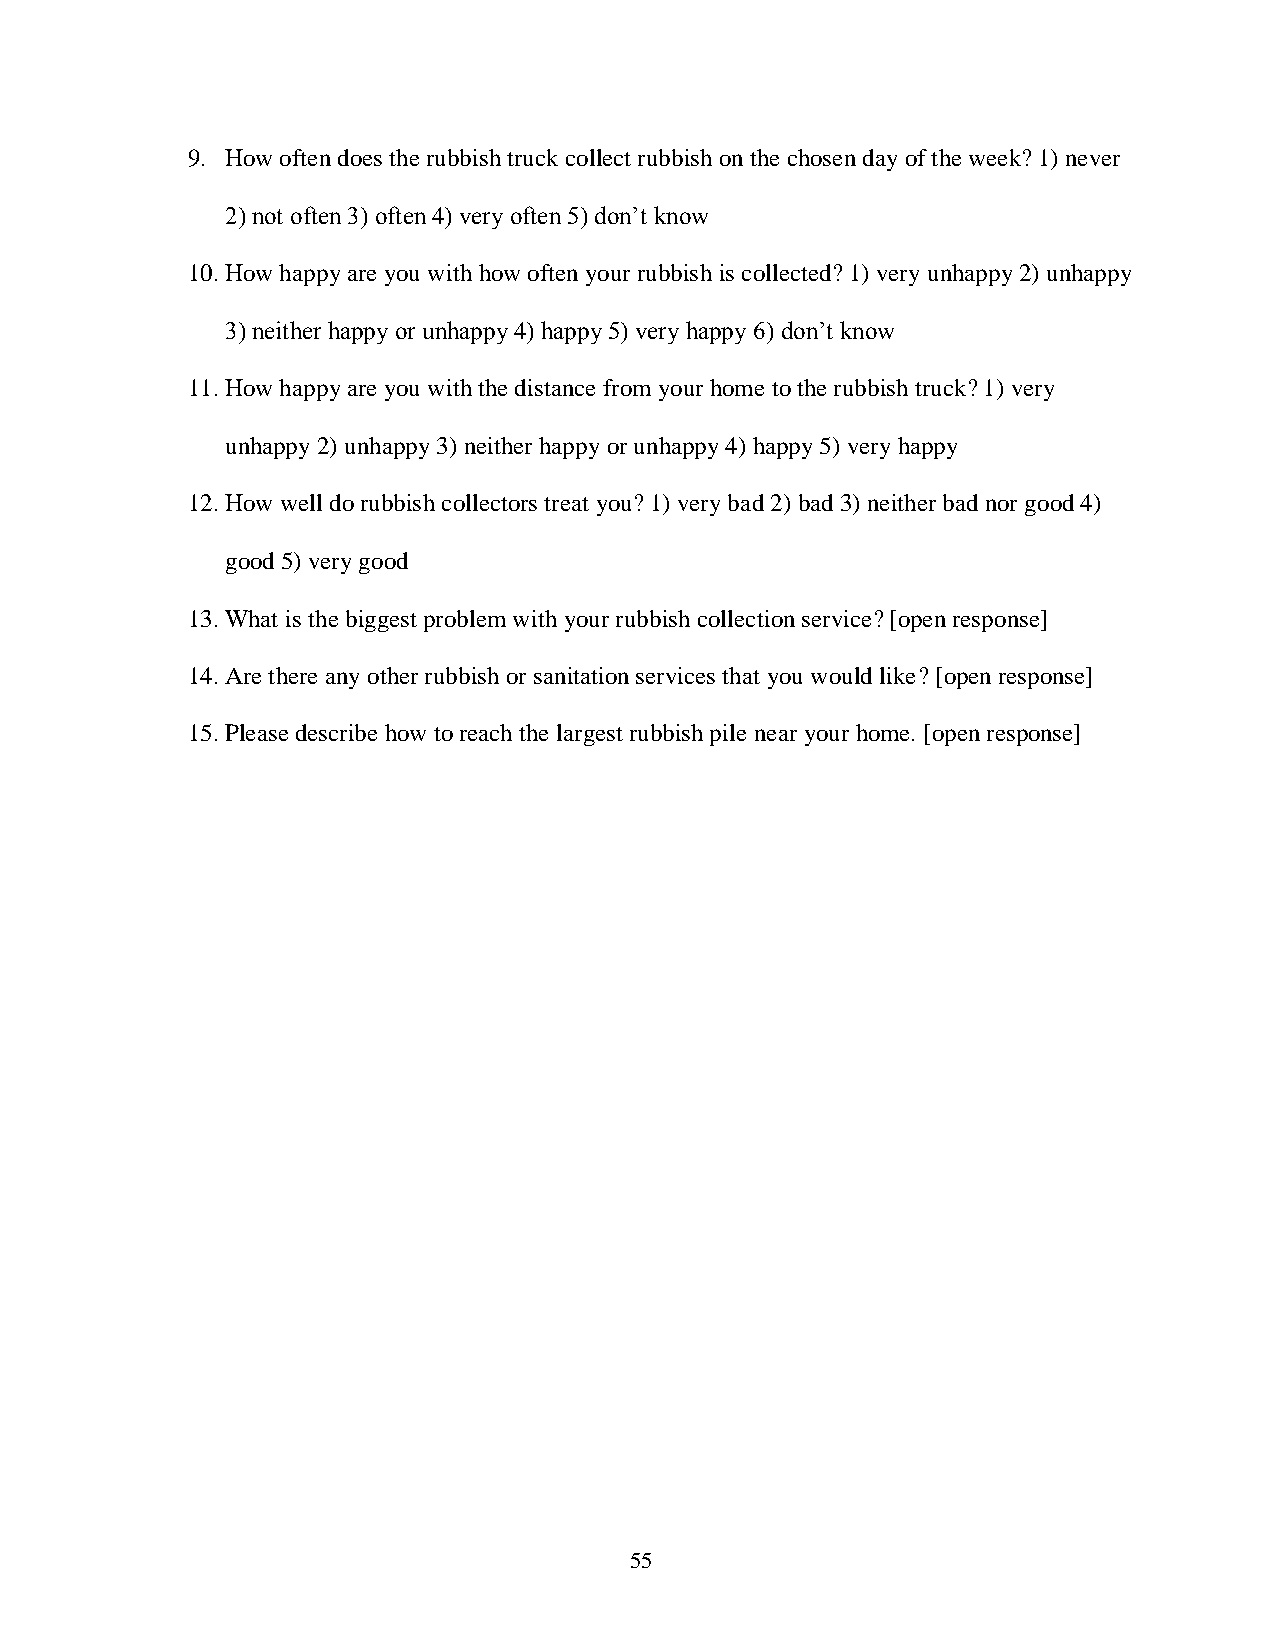
9. How often does the rubbish truck collect rubbish on the chosen day of the week? 1) never
 2) not often 3) often 4) very often 5) don’t know
 10. How happy are you with how often your rubbish is collected? 1) very unhappy 2) unhappy
 3) neither happy or unhappy 4) happy 5) very happy 6) don’t know
 11. How happy are you with the distance from your home to the rubbish truck? 1) very
 unhappy 2) unhappy 3) neither happy or unhappy 4) happy 5) very happy
 12. How well do rubbish collectors treat you? 1) very bad 2) bad 3) neither bad nor good 4)
 good 5) very good
 13. What is the biggest problem with your rubbish collection service? [open response]
 14. Are there any other rubbish or sanitation services that you would like? [open response]
 15. Please describe how to reach the largest rubbish pile near your home. [open response]
 55